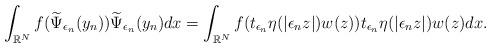
LaTeX: \begin{align*}\int_{\mathbb{R}^{N}}f(\widetilde{\Psi}_{\epsilon_{n}}(y_{n}))\widetilde{\Psi}_{\epsilon_{n}}(y_{n})dx =\int_{\mathbb{R}^{N}}f(t_{\epsilon_{n}}\eta(|\epsilon_{n}z|)w(z))t_{\epsilon_{n}}\eta(|\epsilon_{n}z|)w(z)dx.\end{align*}